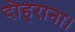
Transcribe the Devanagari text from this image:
दोहराना।